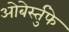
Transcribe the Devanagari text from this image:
ओबेर्स्तुफे